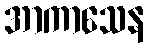
အာကာသေန